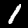
Digit: 1